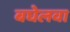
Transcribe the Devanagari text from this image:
बघेलवा